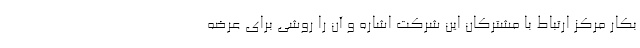
بکار مرکز ارتباط با مشترکان این شرکت اشاره و آن را روشی برای عرضه